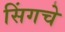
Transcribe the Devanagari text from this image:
सिंगचे